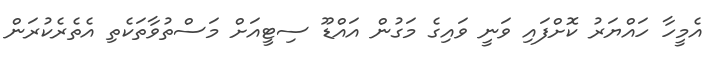
އެމީހާ ހައްޔަރު ކޮށްފައި ވަނީ ވައިގެ މަގުން އައްޑޫ ސިޓީއަށް މަސްތުވާތަކެތި އެތެރެކުރަން